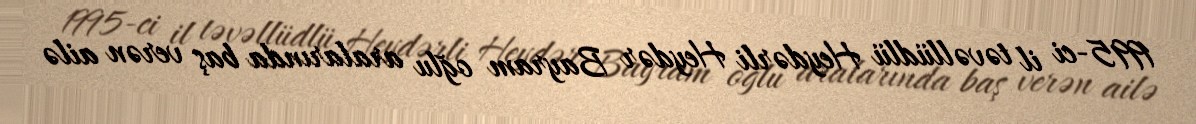
1995-ci il təvəllüdlü Heydərli Heydər Bayram oğlu aralarında baş verən ailə